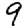
Digit: 9